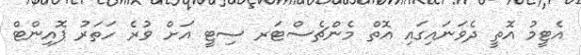
އެޓީމު އޮތީ ދެވަނައިގައި އޮތް މެންޗެސްޓަރ ސިޓީ އަށް ވުރެ ހަތަރު ޕޮއިންޓް